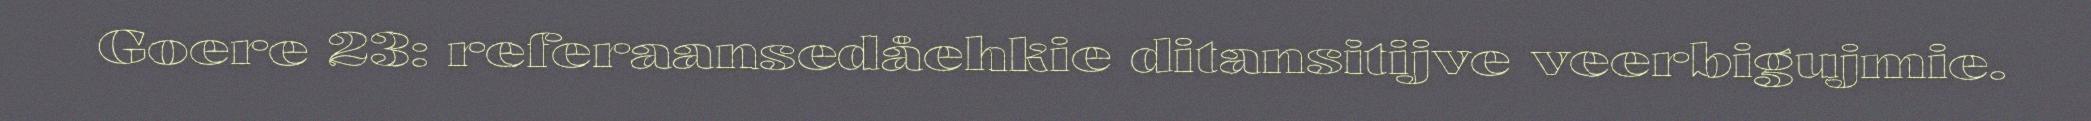
Goere 23: referaansedåehkie ditansitijve veerbigujmie.